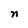
Character: n